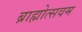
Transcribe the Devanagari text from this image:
ब्राह्मोत्सवम